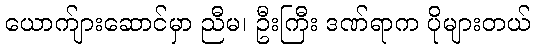
ယောက်ျားဆောင်မှာ ညီမ၊ ဦးကြီး ဒဏ်ရာက ပိုများတယ်